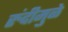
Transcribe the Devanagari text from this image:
रुंदीमुळे